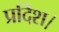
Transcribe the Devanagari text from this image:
प्रदिश।